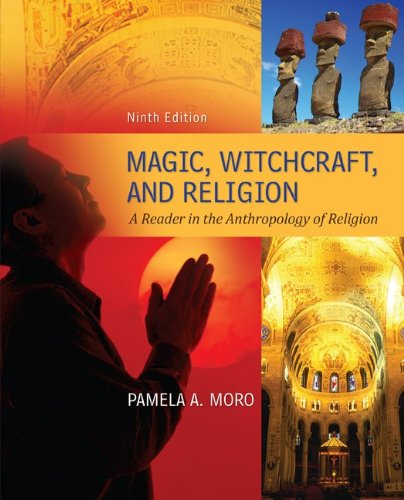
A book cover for Magic Witchcraft and Religion: A Reader in the Anthropology of Religion; Pamela Moro; Science & Math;